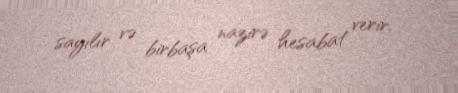
sayılır və birbaşa nazirə hesabat verir.